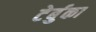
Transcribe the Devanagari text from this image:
टेर्बुका